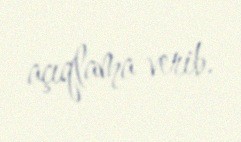
açıqlama verib.